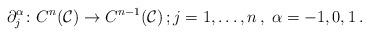
LaTeX: \begin{align*} \partial^\alpha_j \colon C^n(\mathcal{C}) \to C^{n-1}(\mathcal{C})\,; j=1,\dots,n\,,\; \alpha=-1,0,1\,.\end{align*}